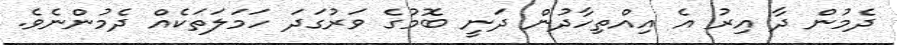
ދެމުން ދާ އިރު އެ އިއްތިހާދުން ދަނީ ބޮމުގެ ވަރުގަދަ ހަމަލަތަކެއް ދެމުންނެވެ.